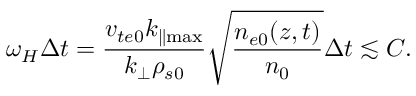
\omega _ { H } \Delta t = \frac { v _ { t e 0 } k _ { \parallel \operatorname* { m a x } } } { k _ { \perp } \rho _ { s 0 } } \sqrt { \frac { n _ { e 0 } ( z , t ) } { n _ { 0 } } } \Delta t \lesssim C .